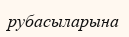
рубасыларына